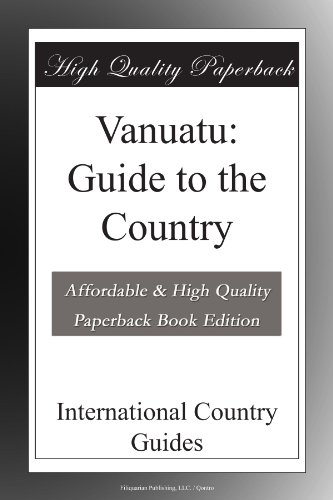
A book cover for Vanuatu: Guide to the Country; International Country Guides; Travel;